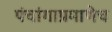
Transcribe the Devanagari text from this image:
पंचांगाप्रमाणेच